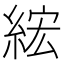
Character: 綋